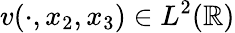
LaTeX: v(\cdot,x_{2},x_{3})\in L^{2}(\mathbb{R})